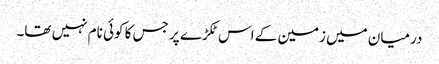
درمیان میں زمین کے اس ٹکڑے پر جس کا کوئی نام نہیں تھا۔